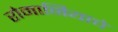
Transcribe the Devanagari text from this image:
रोमानियाचे